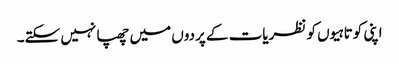
اپنی کوتاہیوں کو نظریات کے پردوں میں چھپا نہیں سکتے۔